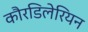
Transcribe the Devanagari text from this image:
कौरडिलेरियन